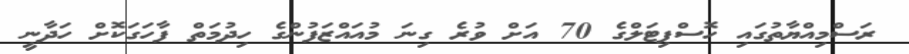
ރަސްމިއްޔާތުގައި ހޮސްޕިޓަލްގެ 70 އަށް ވުރެ ގިނަ މުއައްޒަފުންގެ ހިދުމަތް ފާހަގަކޮށް ހަދާނީ